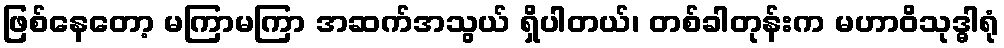
ဖြစ်နေတော့ မကြာမကြာ အဆက်အသွယ် ရှိပါတယ်၊ တစ်ခါတုန်းက မဟာဝိသုဒ္ဓါရုံ